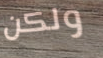
ولكن